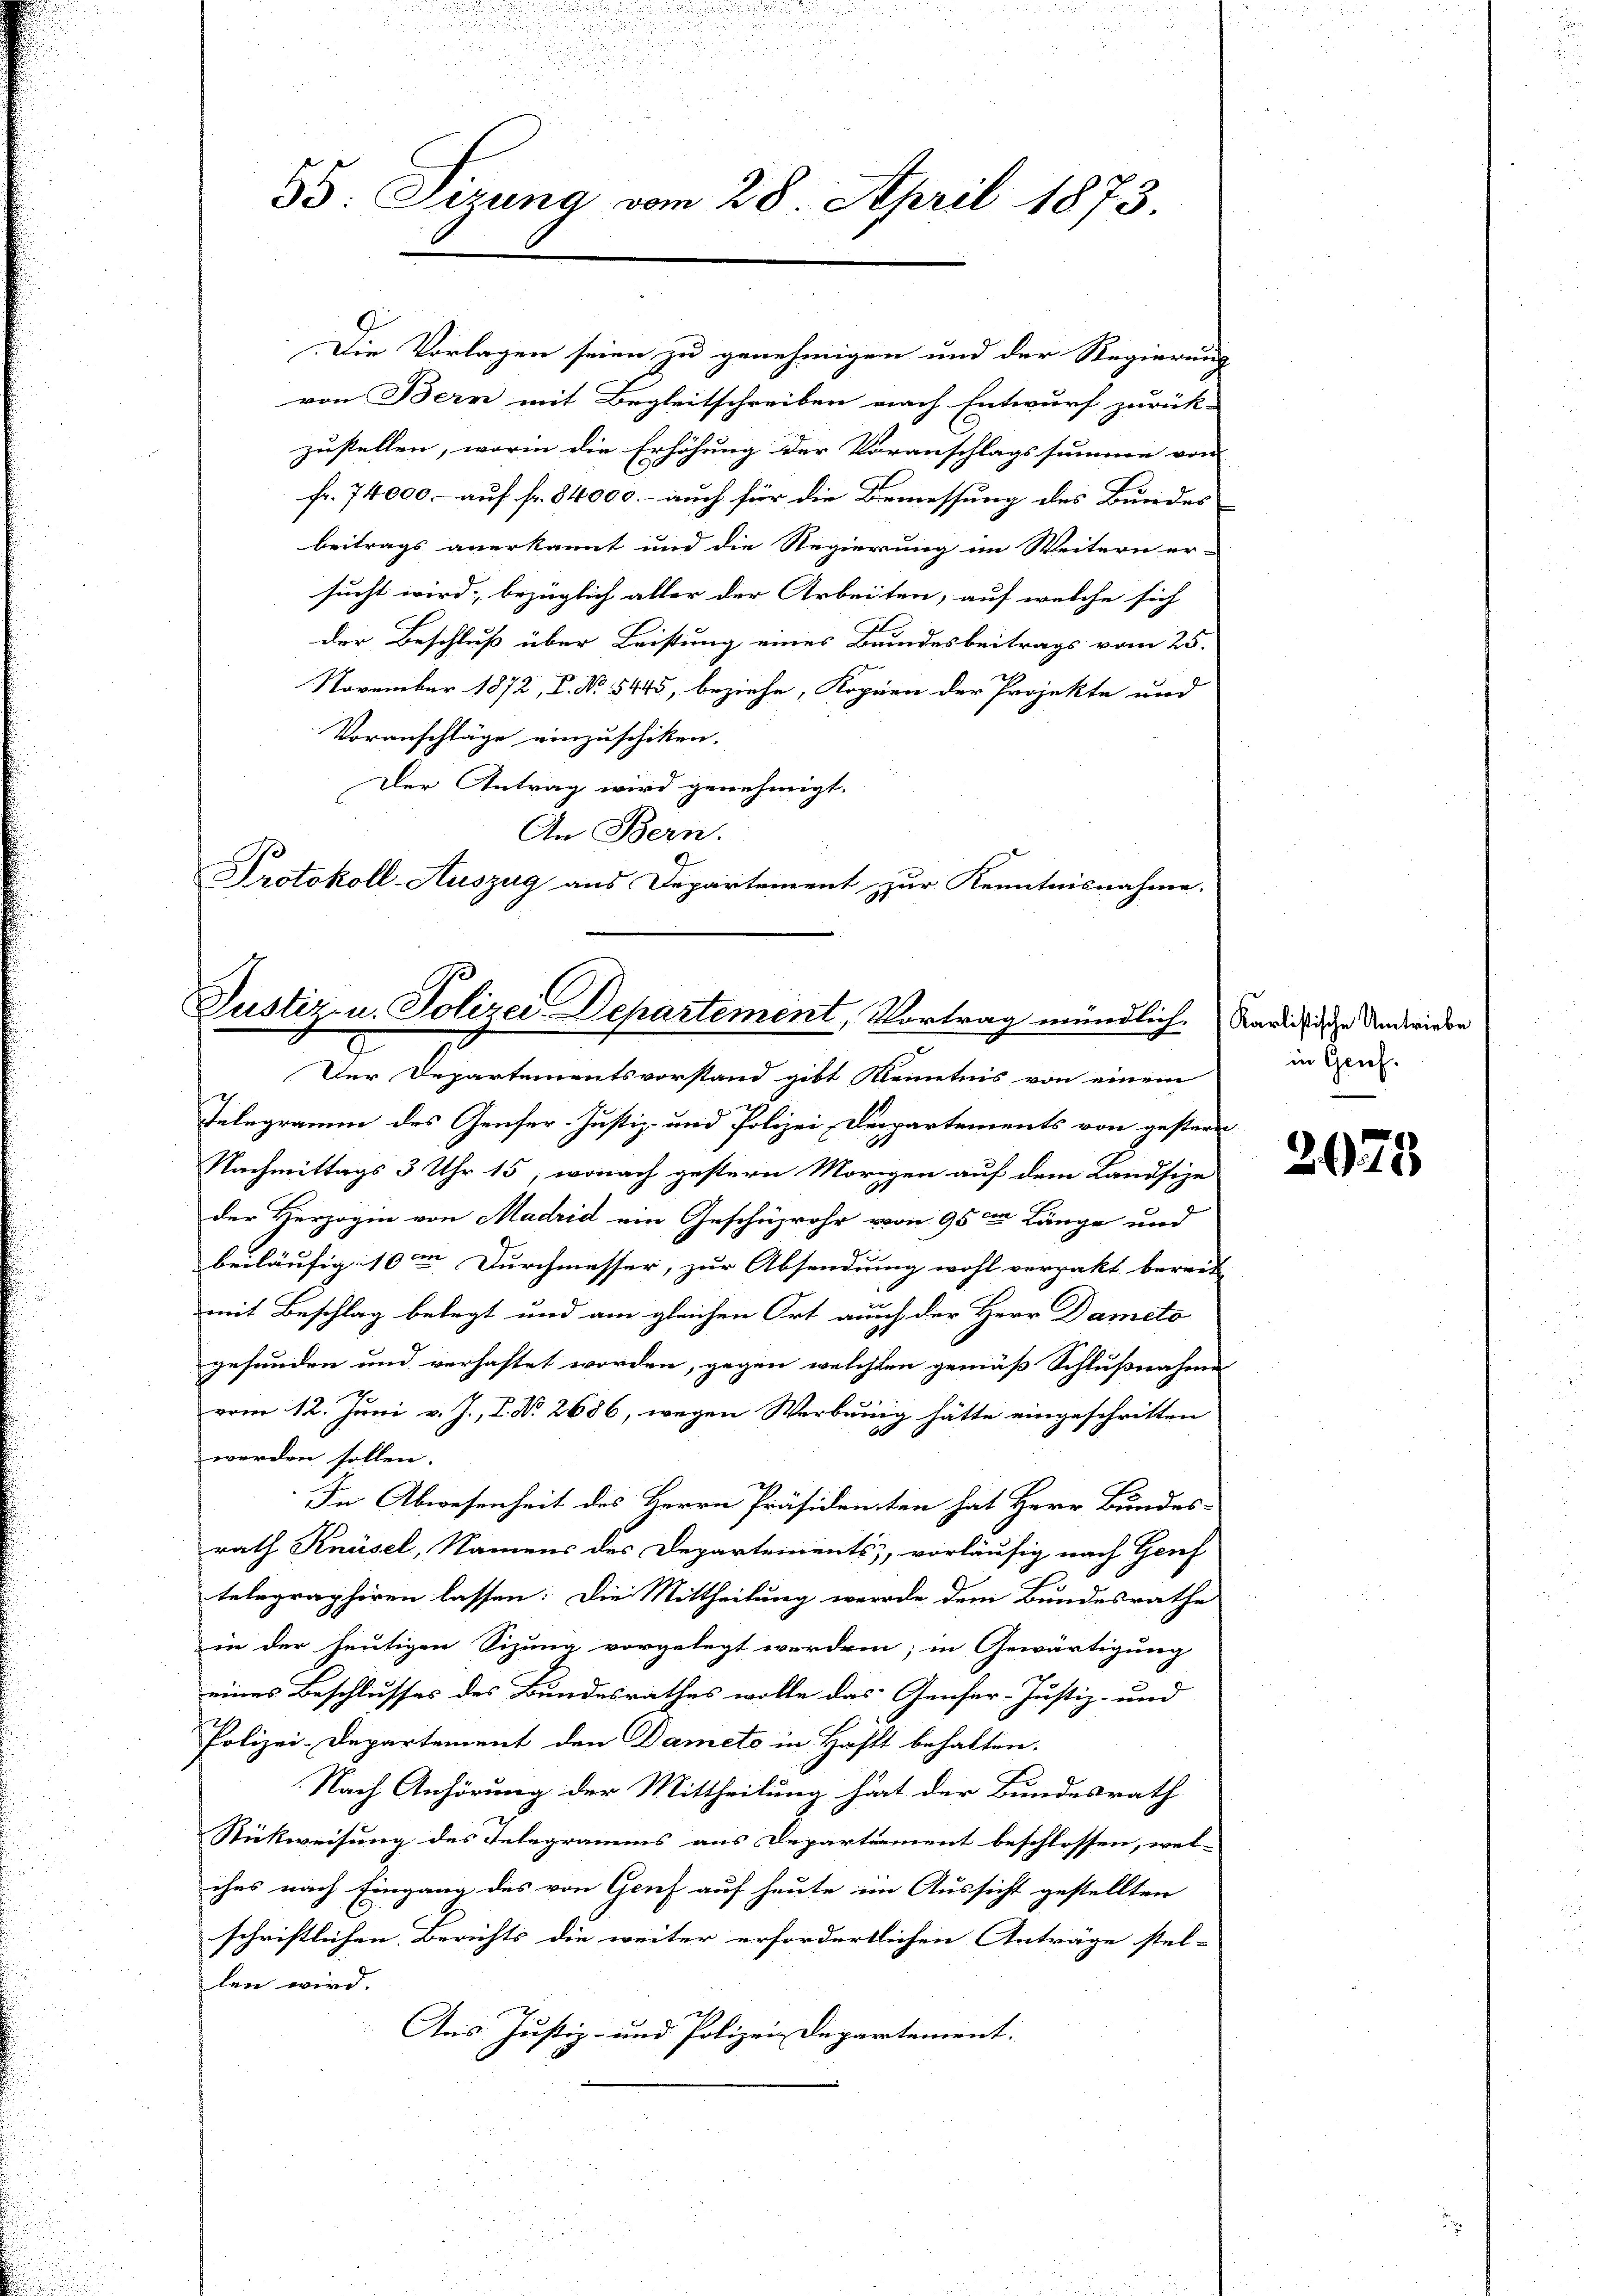
25. Juna vom 28. April 1873.

Die Vorlagen seien zu genehmigen und der Regierung
von Bern mit Begleitschreiben nach Entwurf zurück-
zustellen, worin die Erhöhung der Voranschlagssumme von
fr. 74000. – auf fr. 84000. – auch für die Bemessung des Bundes
beitrags anerkannt und die Regierung im Weitern er-
sucht wird; bezüglich aller der Arbeiten, auf welche sich
der Beschluß über Leistung eines Bundesbeitrags vom 25.
November 1872, S. No 5445, beziehe, Kopien der Projekte und
Voranschläge einzuschiken.
Der Antrag wird genehmigt.
An Bern.
Protokoll-Auszug aus Departement zur Kenntnisnahme.

Justiz- u. Polizei Departement, Vortrag mündlich.

Der Departementsvorstand gibt Kenntnis von einem
Telegramm des Genfer-Justiz- und Polizei Departements von gesterr
Nachmittags 3 Uhr 15, wonach gestern Morigen auf dem Landsize
der Herzogen von Madrid ein Geschüzrohr von 95 n Länge und
beiläufig 10m Durchmesser, zur Absendung wohl verpakt bereit
mit Beschlag belegt und am gleichen Ort auch der Herr Damito
gefunden und verhaftet worden, gegen welchen gemäß Schlußnahme
vom 12. Juni v. J., I. No 2686, wegen Werbung hätte eingeschritten
werden sollen.
In Abwesenheit des Herrn Präsidenten hat Herr Bundes-
rath Knüsel, Namens des Departements, vorläufig nach Genf
telegraphiren lassen: Die Mittheilung werde dem Bundesrathe
in der heutigen Sizung vorgelegt werden; in Gewärtigung
eines Beschlusses des Bundesrathes wolle das Genfer-Justiz- und
Polizei-Departement den Damete in Hafft behalten.
Nach Anhörung der Mittheilung hat der Bundesrath
Stückweisung des Telegramms aus Departement beschlossen, wel-
ches nach Eingang des von Genf auf heute im Aussicht gestellten
schriftlichen Berichts die weiter erfordertlichen Anträge stel- |
len wird.
Aus Justiz- und Polizei Departement:

Karlistische Umtriebe
in Geich.

2029